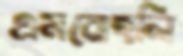
এমবোহলি